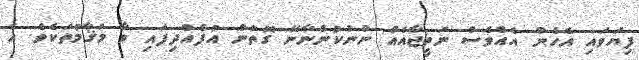
ފިޔަވައި އެހެން އެއްވެސް ނަތީޖާއެއް ނުނުކުންނާނޭ ގޮތުން އުފެއްދިފައި ވާ މަޤާމުތަކެވެ. އެ